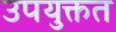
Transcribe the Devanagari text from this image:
उपयुक्तत